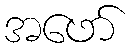
အဖော်